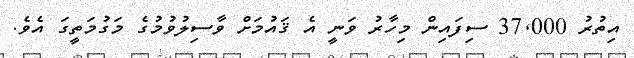
އިތުރު 37